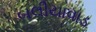
બલીયાવાડ